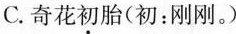
C.奇花初胎(初：刚刚。)